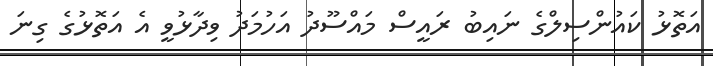
އަތޮޅު ކައުންސިލްގެ ނައިބު ރައީސް މައްސޫދު އަހުމަދު ވިދާޅުވީ އެ އަތޮޅުގެ ގިނަ